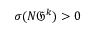
\sigma ( N { \mathfrak { G } } ^ { k } ) > 0